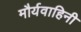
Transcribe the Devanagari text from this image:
मौर्यवाहिनी